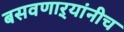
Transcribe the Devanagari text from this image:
बसवणाऱ्यांनीच